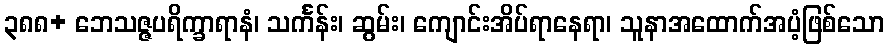
၃၈၈+ ဘေသဇ္ဇပရိက္ခာရာနံ၊ သင်္ကန်း၊ ဆွမ်း၊ ကျောင်းအိပ်ရာနေရာ၊ သူနာအထောက်အပံ့ဖြစ်သော